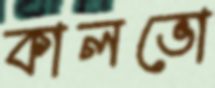
কালভো